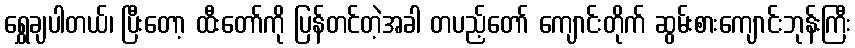
ရွှေချပါတယ်၊ ပြီးတော့ ထီးတော်ကို ပြန်တင်တဲ့အခါ တပည့်တော် ကျောင်းတိုက် ဆွမ်းစားကျောင်းဘုန်းကြီး